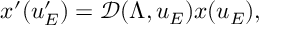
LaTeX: x ^ { \prime } ( u _ { E } ^ { \prime } ) = \mathcal { D } ( \Lambda , u _ { E } ) x ( u _ { E } ) ,